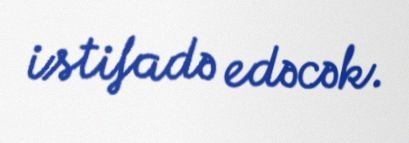
istifadə edəcək.